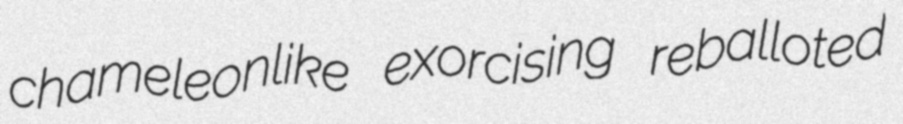
chameleonlike exorcising reballoted